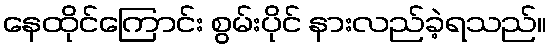
နေထိုင်ကြောင်း စွမ်းပိုင် နားလည်ခဲ့ရသည်။